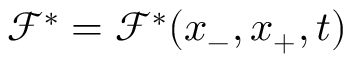
\mathcal { F } ^ { * } = \mathcal { F } ^ { * } ( x _ { - } , x _ { + } , t )